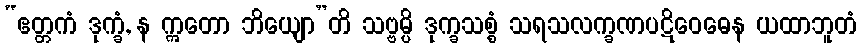
“ဧတ္တကံ ဒုက္ခံ, န ဣတော ဘိယျော”တိ သဗ္ဗမ္ပိ ဒုက္ခသစ္စံ သရသလက္ခဏပဋိဝေဓေန ယထာဘူတံ